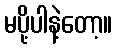
မပို့ပါနဲ့တော့။